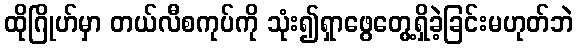
ထိုဂြိုဟ်မှာ တယ်လီစကုပ်ကို သုံး၍ရှာဖွေတွေ့ရှိခဲ့ခြင်းမဟုတ်ဘဲ